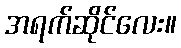
အရက်ဆိုင်လေး။